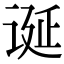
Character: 诞